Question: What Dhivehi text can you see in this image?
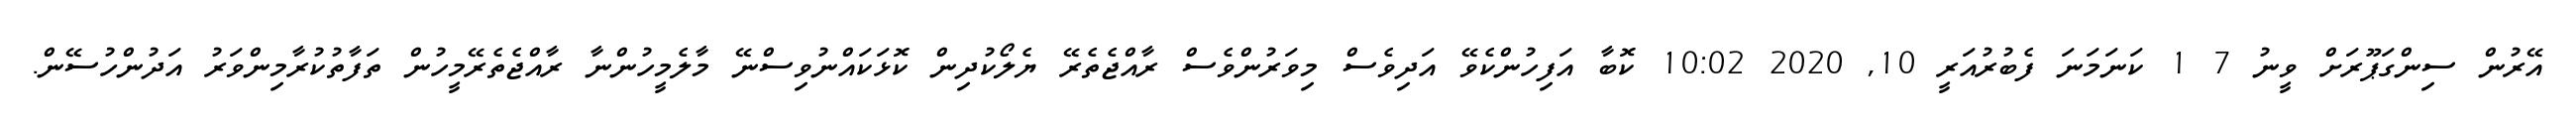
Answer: އޭރުން ސިންގަޕޫރަށް ވީނު 7 1 ކަނަމަނަ ފެބުރުއަރީ 10, 2020 10:02 ކޮބާ އަފިހުންކެވޭ އަދިވެސް މިވަރުންވެސް ރާއްޖެތެރޭ ޔެލޯކުދިން ކޮޅަކައްނުވިސްނޭ މާލެމީހުންނާ ރާއްޖެތެރޭމީހުން ތަފާތުކުރާމިންވަރު އަދުންހުސޭން.